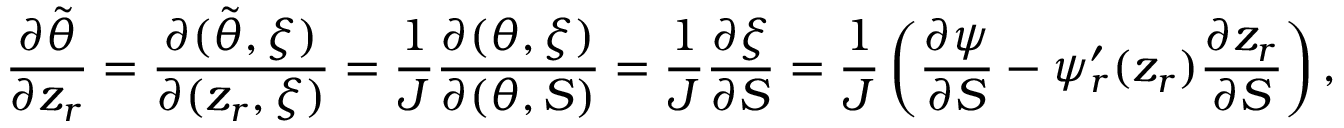
\frac { \partial \tilde { \theta } } { \partial z _ { r } } = \frac { \partial ( \tilde { \theta } , \xi ) } { \partial ( z _ { r } , \xi ) } = \frac { 1 } { J } \frac { \partial ( \theta , \xi ) } { \partial ( \theta , S ) } = \frac { 1 } { J } \frac { \partial \xi } { \partial S } = \frac { 1 } { J } \left( \frac { \partial \psi } { \partial S } - \psi _ { r } ^ { \prime } ( z _ { r } ) \frac { \partial z _ { r } } { \partial S } \right) ,